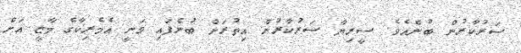
ސަރުކާރުން ބުނެއެވެ. ސީރިޔާ ސަރުކާރުން އިތުރަށް ބުނެފައި ވަނީ އެމެރިކާގެ މާޒީ އަށް